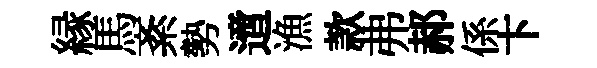
縁馬紊勢𨗁漁款弗郝係卞